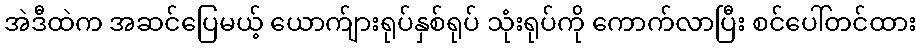
အဲဒီထဲက အဆင်ပြေမယ့် ယောက်ျားရုပ်နှစ်ရုပ် သုံးရုပ်ကို ကောက်လာပြီး စင်ပေါ်တင်ထား